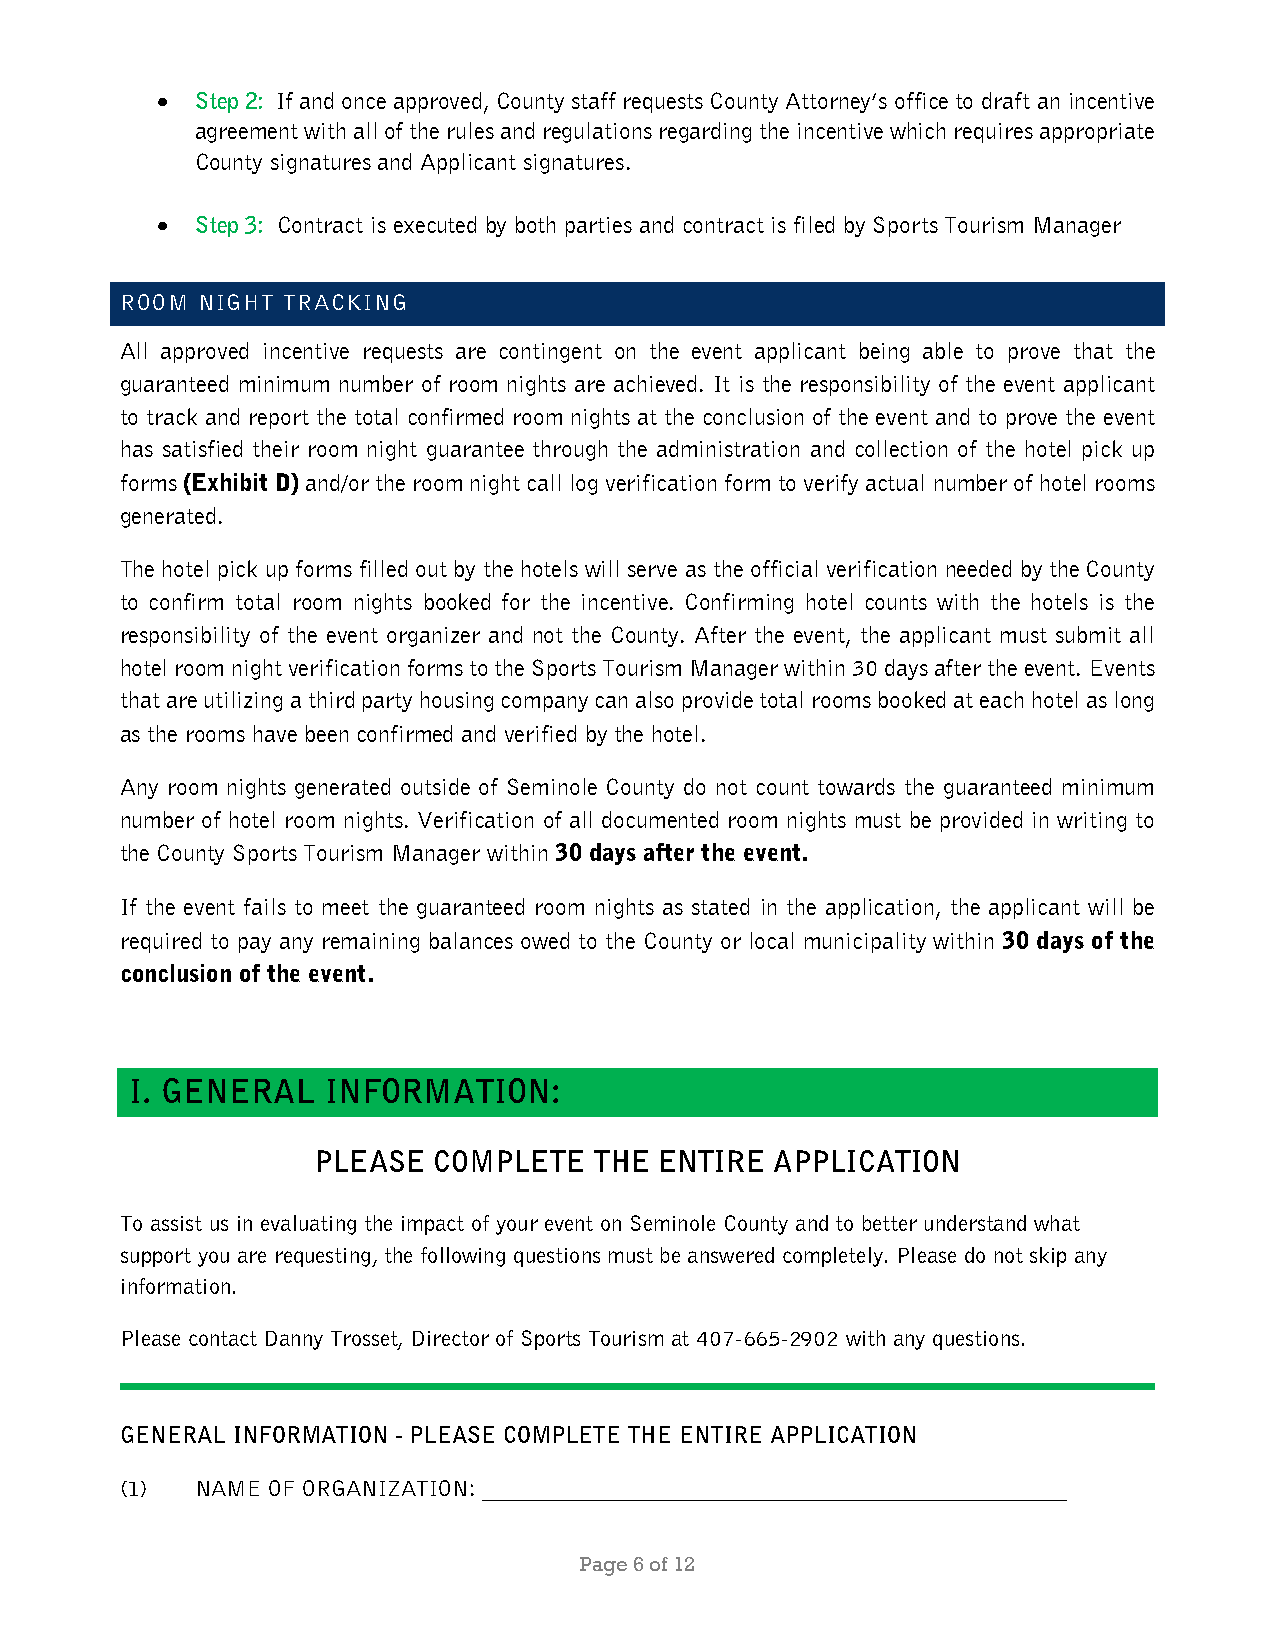
•  Step 2: If and once approved, County staff requests County Attorney’s office to draft an incentive
 agreement with all of the rules and regulations regarding the incentive which requires appropriate
 County signatures and Applicant signatures.
 •  Step 3: Contract is executed by both parties and contract is filed by Sports Tourism Manager
 ROOM NIGHT TRACKING
 All approved incentive requests are contingent on the event applicant being able to prove that the
 guaranteed minimum number of room nights are achieved. It is the responsibility of the event applicant
 to track and report the total confirmed room nights at the conclusion of the event and to prove the event
 has satisfied their room night guarantee through the administration and collection of the hotel pick up
 forms (Exhibit D) and/or the room night call log verification form to verify actual number of hotel rooms
 generated.
 The hotel pick up forms filled out by the hotels will serve as the official verification needed by the County
 to confirm total room nights booked for the incentive. Confirming hotel counts with the hotels is the
 responsibility of the event organizer and not the County. After the event, the applicant must submit all
 hotel room night verification forms to the Sports Tourism Manager within 30 days after the event. Events
 that are utilizing a third party housing company can also provide total rooms booked at each hotel as long
 as the rooms have been confirmed and verified by the hotel.
 Any room nights generated outside of Seminole County do not count towards the guaranteed minimum
 number of hotel room nights. Verification of all documented room nights must be provided in writing to
 the County Sports Tourism Manager within 30 days after the event.
 If the event fails to meet the guaranteed room nights as stated in the application, the applicant will be
 required to pay any remaining balances owed to the County or local municipality within 30 days of the
 conclusion of the event.
 I. GENERAL  INFORMATION:
 PLEASE  COMPLETE  THE  ENTIRE APPLICATION
 To assist us in evaluating the impact of your event on Seminole County and to better understand what
 support you are requesting, the following questions must be answered completely. Please do not skip any
 information.
 Please contact Danny Trosset, Director of Sports Tourism at 407-665-2902 with any questions.
 GENERAL INFORMATION - PLEASE COMPLETE THE ENTIRE APPLICATION
 (1)  NAME OF ORGANIZATION: ___________________________________________________
 Page 6 of 12